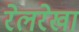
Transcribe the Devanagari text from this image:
रेलरेखा